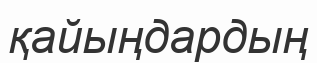
қайыңдардың